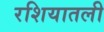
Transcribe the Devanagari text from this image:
रशियातली